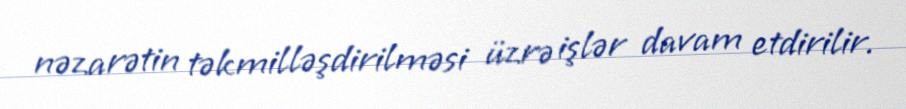
nəzarətin təkmilləşdirilməsi üzrə işlər davam etdirilir.